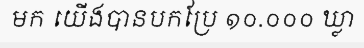
មក យើងបានបកប្រែ ១០.០០០ ឃ្លា